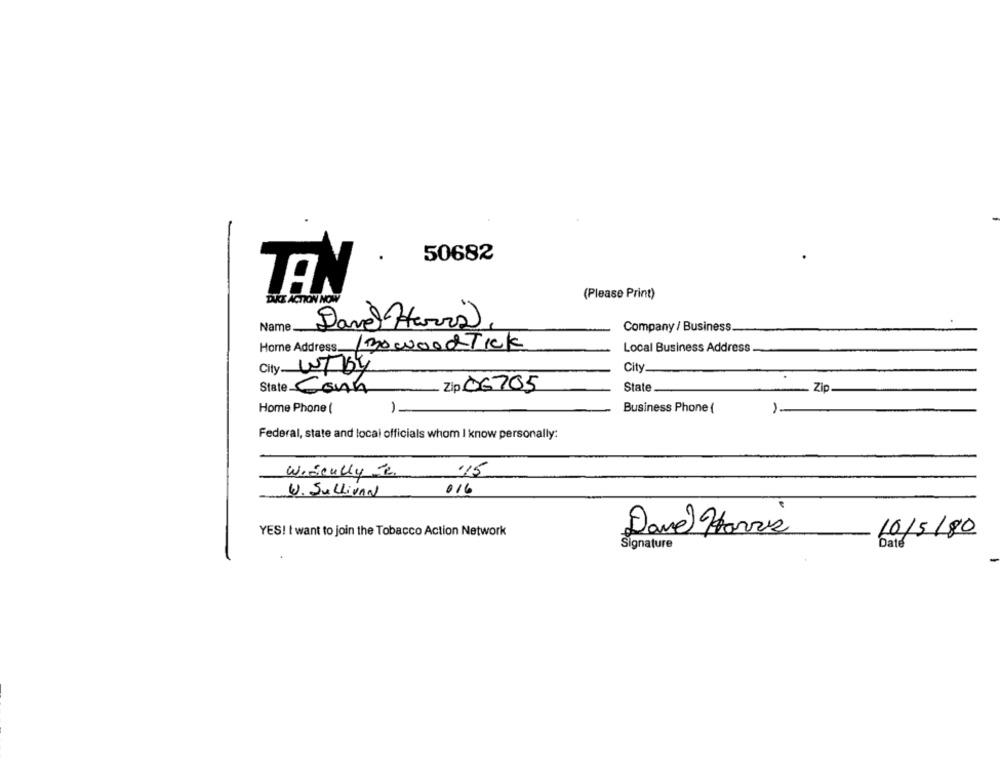
50682
TAN
(Please Print)
TAKE ACTION NOW
Name
Dave Havia
Company / Business.
Home Address.
130 wood Tick
Local Business Address
City WTBY
City
Zip 06705
State
Zip.
State Conn
-
Home Phone (
Business Phone (
1.
Federal, state and local officials whom I know personally:
.15
Wideally Je
W. SULLIVAN
016
YES! t want to join the Tobacco Action Network
Dave Havis
10/5/80
Signature
Date